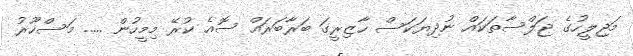
މަޖިލީހުގެ ޖަލްސާތަކައް ނުދިޔަކަސް ހާޒިރީގަ ބަރާބަރައް ސޮއެ ކުރޭ މިމީހުން ..... މަސްހޫރު